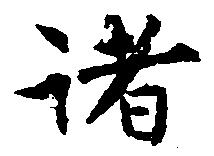
諸